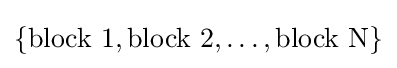
\{{\text{block 1}},{\text{block 2}},\ldots ,{\text{block N}}\}